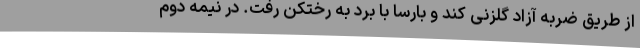
از طریق ضربه آزاد گلزنی کند و بارسا با برد به رختکن رفت. در نیمه دوم